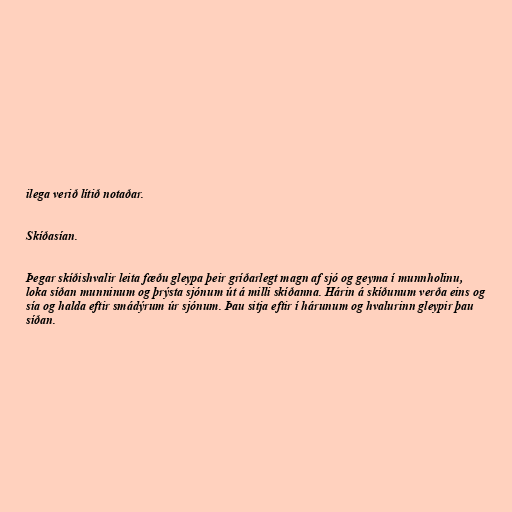
ilega verið lítið notaðar.

Skíðasían.

Þegar skíðishvalir leita fæðu gleypa þeir gríðarlegt magn af sjó og geyma í munnholinu,
loka síðan munninum og þrýsta sjónum út á milli skíðanna. Hárin á skíðunum verða eins og
sía og halda eftir smádýrum úr sjónum. Þau sitja eftir í hárunum og hvalurinn gleypir þau
síðan.